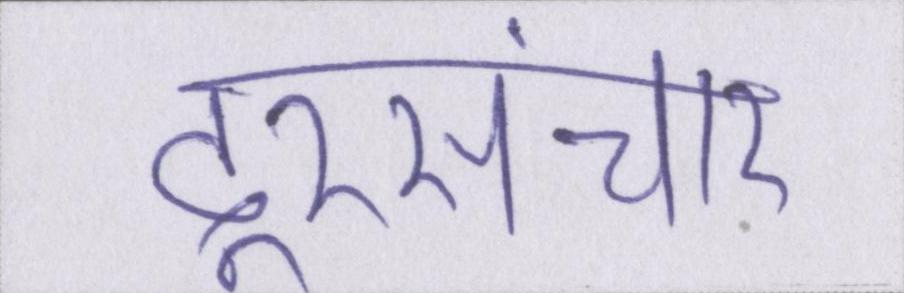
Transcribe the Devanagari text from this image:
दूरसंचार